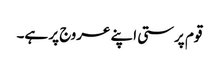
قوم پرستی اپنے عروج پر ہے۔